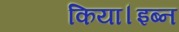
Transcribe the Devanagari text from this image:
किया।इब्न